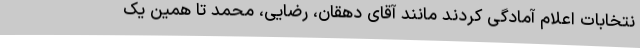
نتخابات اعلام آمادگی کردند مانند آقای دهقان، رضایی، محمد تا همین یک